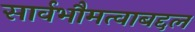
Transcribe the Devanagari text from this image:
सार्वभौमत्वाबद्दल